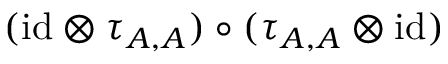
( { \operatorname { i d } } \otimes \tau _ { A , A } ) \circ ( \tau _ { A , A } \otimes { \operatorname { i d } } )